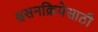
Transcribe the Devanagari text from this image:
श्वसनक्रियेसाठी